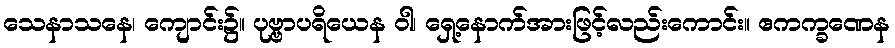
သေနာသနေ၊ ကျောင်း၌။ ပုဗ္ဗာပရိယေန ဝါ၊ ရှေ့နောက်အားဖြင့်လည်းကောင်း။ ဧကက္ခဏေန